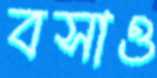
বসাও